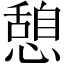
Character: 憩